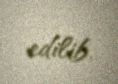
edilib.